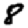
Digit: 8